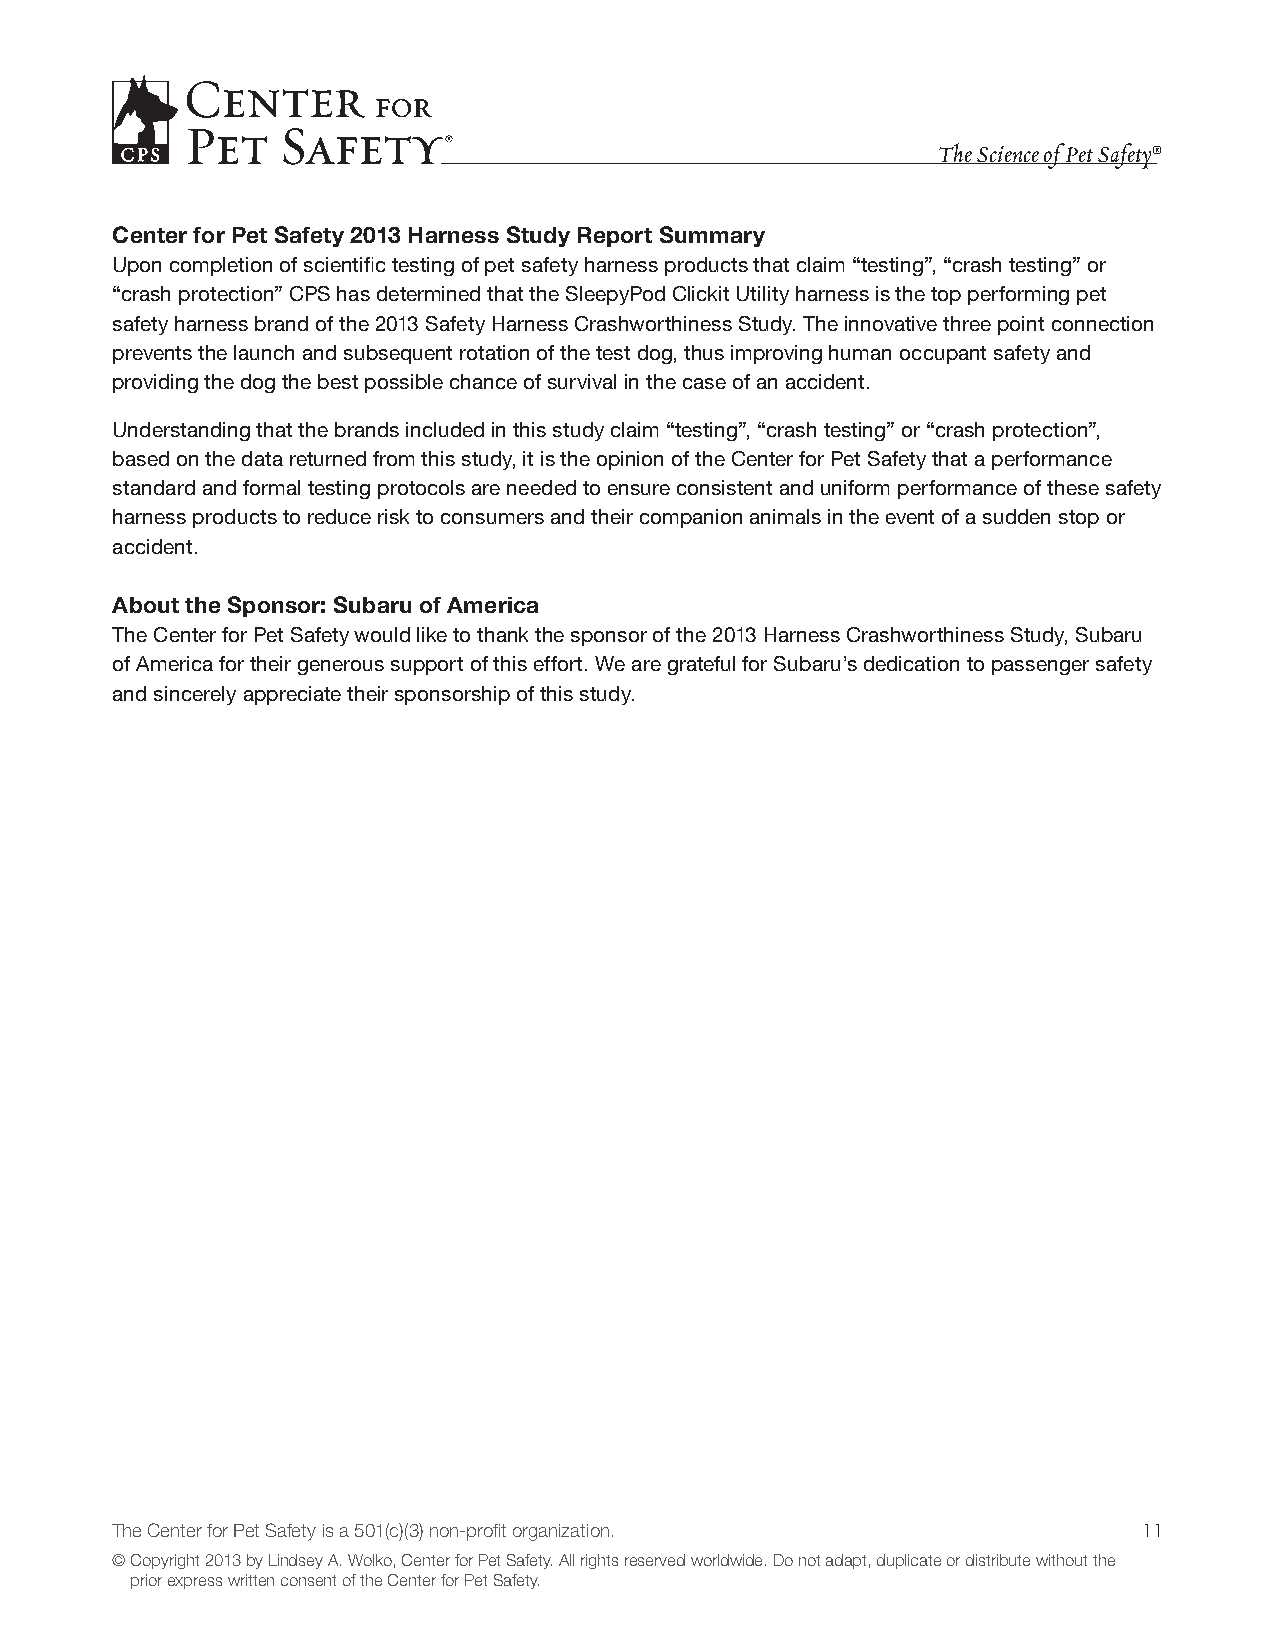
The Science of Pet Safety®
 Center for Pet Safety 2013 Harness Study Report Summary
 Upon completion of scientific testing of pet safety harness products that claim “testing”, “crash testing” or
 “crash protection” CPS has determined that the SleepyPod Clickit Utility harness is the top performing pet
 safety harness brand of the 2013 Safety Harness Crashworthiness Study. The innovative three point connection
 prevents the launch and subsequent rotation of the test dog, thus improving human occupant safety and
 providing the dog the best possible chance of survival in the case of an accident.
 Understanding that the brands included in this study claim “testing”, “crash testing” or “crash protection”,
 based on the data returned from this study, it is the opinion of the Center for Pet Safety that a performance
 standard and formal testing protocols are needed to ensure consistent and uniform performance of these safety
 harness products to reduce risk to consumers and their companion animals in the event of a sudden stop or
 accident.
 About the Sponsor: Subaru of America
 The Center for Pet Safety would like to thank the sponsor of the 2013 Harness Crashworthiness Study, Subaru
 of America for their generous support of this effort. We are grateful for Subaru’s dedication to passenger safety
 and sincerely appreciate their sponsorship of this study.
 The Center for Pet Safety is a 501(c)(3) non-profit organization.    11
 © Copyright 2013 by Lindsey A. Wolko, Center for Pet Safety. All rights reserved worldwide. Do not adapt, duplicate or distribute without the
 prior express written consent of the Center for Pet Safety.